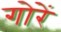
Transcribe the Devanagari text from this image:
गोरें